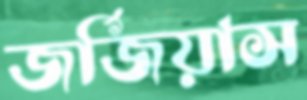
জর্জিয়াস